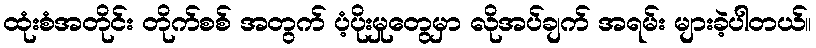
ထုံးစံအတိုင်း တိုက်စစ် အတွက် ပံ့ပိုးမှုတွေမှာ လိုအပ်ချက် အရမ်း များခဲ့ပါတယ်။